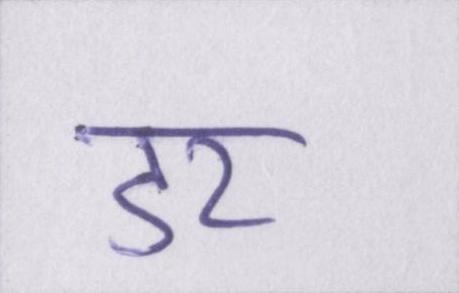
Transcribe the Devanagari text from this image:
डर